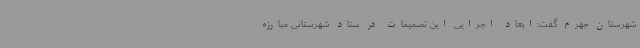
شهرستان جهرم گفت:ابعاد اجرایی این تصمیمات در ستاد شهرستانی مبارزه